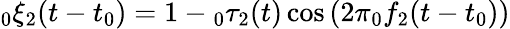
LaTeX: \phantom{}_{0}\xi_{2}(t-t_{0})=1-\phantom{}_{0}\tau_{2}(t)\cos\left(2\pi\phantom{}_{0}f_{2}(t-t_{0})\right)